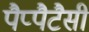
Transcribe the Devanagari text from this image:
पैप्पैटैसी